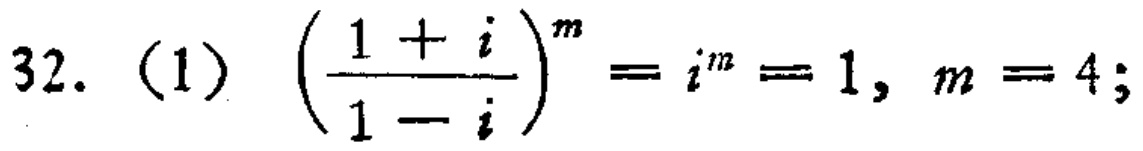
\[32.\ (1)\ \left(\frac{1 + i}{1 - i}\right)^m = i^m = 1, \ m = 4;\]